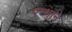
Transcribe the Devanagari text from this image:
रम्भाने